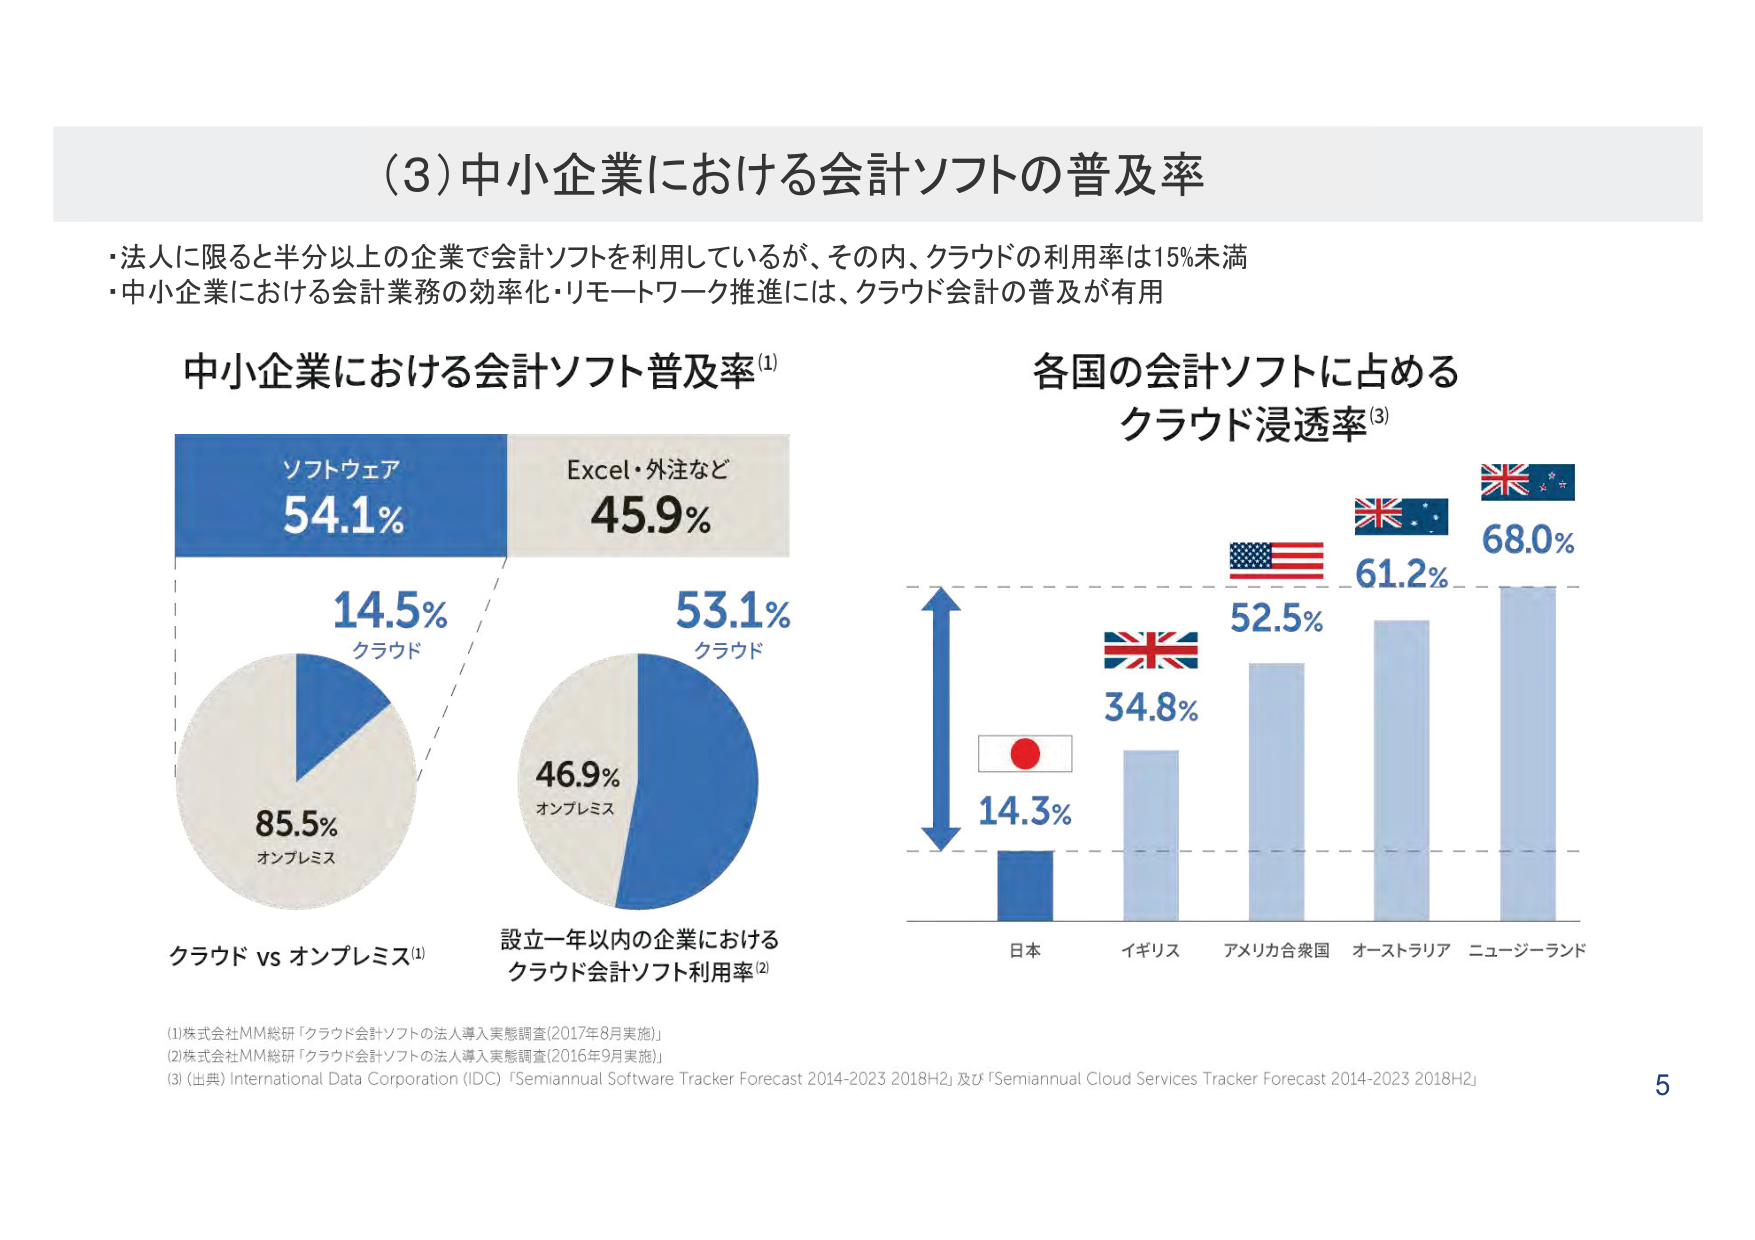
(3) 中小企業における会計ソフトの普及率

・法人に限ると半分以上の企業で会計ソフトを利用しているが、その内、クラウドの利用率は15%未満
・中小企業における会計業務の効率化・リモートワーク推進には、クラウド会計の普及が有用

中小企業における会計ソフト普及率(1)
ソフトウェア 54.1%
Excel・外注など 45.9%

クラウド vs オンプレミス(1)
14.5% クラウド
85.5% オンプレミス

設立一年以内の企業における
クラウド会計ソフト利用率(2)
53.1% クラウド
46.9% オンプレミス

各国の会計ソフトに占める
クラウド浸透率(3)
日本 14.3%
イギリス 34.8%
アメリカ合衆国 52.5%
オーストラリア 61.2%
ニュージーランド 68.0%

(1)株式会社MM総研「クラウド会計ソフトの法人導入実態調査(2017年8月実施)」
(2)株式会社MM総研「クラウド会計ソフトの法人導入実態調査(2016年9月実施)」
(3)(出典) International Data Corporation (IDC) 「Semiannual Software Tracker Forecast 2014-2023 2018H2」及び「Semiannual Cloud Services Tracker Forecast 2014-2023 2018H2」

5